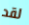
لقد